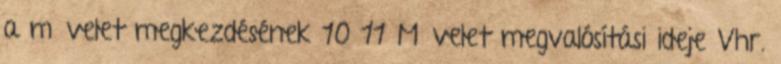
a művelet megkezdésének 10 11 Művelet megvalósítási ideje Vhr.